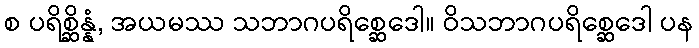
စ ပရိစ္ဆိန္နံ, အယမဿ သဘာဂပရိစ္ဆေဒေါ။ ဝိသဘာဂပရိစ္ဆေဒေါ ပန